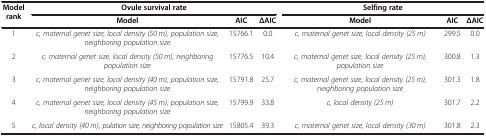
<table><thead><tr><td><b>Model rank</b></td><td colspan="3"><b>Ovule survival rate</b></td><td colspan="3"><b>Selfing rate</b></td></tr><tr><td><b> </b></td><td><b>Model</b></td><td><b>AIC</b></td><td><b>ΔAIC</b></td><td><b>Model</b></td><td><b>AIC</b></td><td><b>ΔAIC</b></td></tr></thead><tbody><tr><td>1</td><td><i>c, maternal genet size, local density (50 m), population size, neighboring population size</i></td><td>15766.1</td><td>0.0</td><td><i>c, maternal genet size, local density (25 m)</i></td><td>299.5</td><td>0.0</td></tr><tr><td>2</td><td><i>c, maternal genet size, local density (50 m), neighboring population size</i></td><td>15776.5</td><td>10.4</td><td><i>c, maternal genet size, local density (25 m), population size</i></td><td>300.8</td><td>1.3</td></tr><tr><td>3</td><td><i>c, maternal genet size, local density (40 m), population size, neighboring population size</i></td><td>15791.8</td><td>25.7</td><td><i>c, maternal genet size, local density (25 m), neighboring population size</i></td><td>301.3</td><td>1.8</td></tr><tr><td>4</td><td><i>c, maternal genet size, local density (45 m), population size, neighboring population size</i></td><td>15799.9</td><td>33.8</td><td><i>c, local density (25 m)</i></td><td>301.7</td><td>2.2</td></tr><tr><td>5</td><td><i>c, local density (40 m), pulation size, neighboring population size</i></td><td>15805.4</td><td>39.3</td><td><i>c, maternal genet size, local density (30 m)</i></td><td>301.8</td><td>2.3</td></tr></tbody></table>